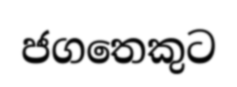
ජගතෙකුට